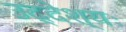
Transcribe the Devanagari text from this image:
उद्देश्यः